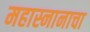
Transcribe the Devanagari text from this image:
महास्नानाचा